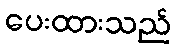
ပေးထားသည်